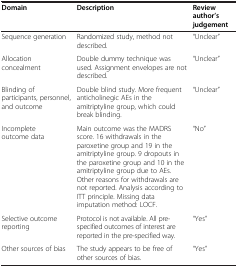
<table><thead><tr><td><b>Domain</b></td><td><b>Description</b></td><td><b>Review author’s judgement</b></td></tr></thead><tbody><tr><td>Sequence generation</td><td>Randomized study, method not described.</td><td>“Unclear”</td></tr><tr><td>Allocation concealment</td><td>Double dummy technique was used. Assignment envelopes are not described.</td><td>“Unclear”</td></tr><tr><td>Blinding of participants, personnel, and outcome</td><td>Double blind study. More frequent anticholinegic AEs in the amitriptyline group, which could break blinding.</td><td>“Unclear”</td></tr><tr><td>Incomplete outcome data</td><td>Main outcome was the MADRS score. 16 withdrawals in the paroxetine group and 19 in the amitriptyline group. 9 dropouts in the paroxetine group and 10 in the amitriptyline group due to AEs. Other reasons for withdrawals are not reported. Analysis according to ITT principle. Missing data imputation method: LOCF.</td><td>“No”</td></tr><tr><td>Selective outcome reporting</td><td>Protocol is not available. All pre-specified outcomes of interest are reported in the pre-specified way.</td><td>“Yes”</td></tr><tr><td>Other sources of bias</td><td>The study appears to be free of other sources of bias.</td><td>“Yes”</td></tr></tbody></table>